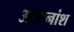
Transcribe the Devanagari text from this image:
आयनांश